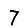
Digit: 7